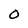
Character: O